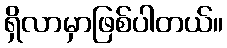
ရှိလာမှာဖြစ်ပါတယ်။